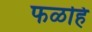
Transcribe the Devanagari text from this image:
फळहि